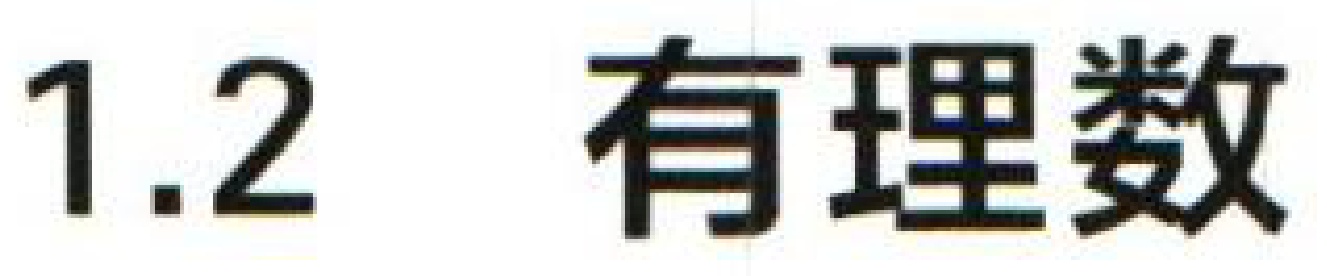
1.2 有理数